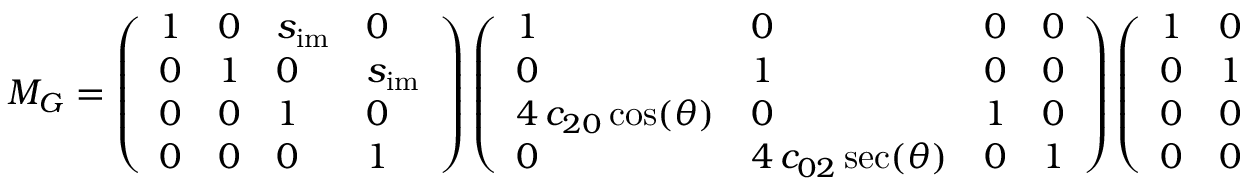
M _ { G } = \left( \begin{array} { l l l l } { 1 } & { 0 } & { s _ { \mathrm { i m } } } & { 0 } \\ { 0 } & { 1 } & { 0 } & { s _ { \mathrm { i m } } } \\ { 0 } & { 0 } & { 1 } & { 0 } \\ { 0 } & { 0 } & { 0 } & { 1 } \end{array} \right) \left( \begin{array} { l l l l } { 1 } & { 0 } & { 0 } & { 0 } \\ { 0 } & { 1 } & { 0 } & { 0 } \\ { 4 \, c _ { 2 0 } \cos ( \theta ) } & { 0 } & { 1 } & { 0 } \\ { 0 } & { 4 \, c _ { 0 2 } \sec ( \theta ) } & { 0 } & { 1 } \end{array} \right) \left( \begin{array} { l l l l } { 1 } & { 0 } & { s _ { \mathrm { o b } } } & { 0 } \\ { 0 } & { 1 } & { 0 } & { s _ { \mathrm { o b } } } \\ { 0 } & { 0 } & { 1 } & { 0 } \\ { 0 } & { 0 } & { 0 } & { 1 } \end{array} \right) .